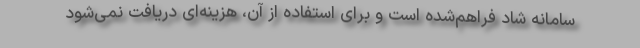
سامانه شاد فراهم‌شده است و برای استفاده از آن، هزینه‌ای دریافت نمی‌شود